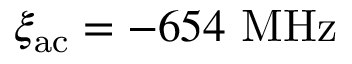
\xi _ { \mathrm { a c } } = - 6 5 4 ~ \mathrm { M H z }